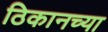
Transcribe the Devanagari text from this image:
ठिकानच्या